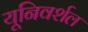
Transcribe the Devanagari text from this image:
यूनिवर्शल